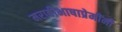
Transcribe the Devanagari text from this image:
मराठीभाषाप्रेमींनी